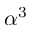
\alpha ^ { 3 }